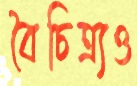
বৈচিত্র্যও